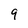
Character: 9